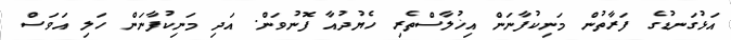
އަޅުގަނޑުގެ ފަރާތުން މަނިކުފާނަން އިޚުލާސްތެރި ހެޔުދުއާ ފޮނުވަން. އަދި މަނިކުފާނަން ހަލި އަވަސް